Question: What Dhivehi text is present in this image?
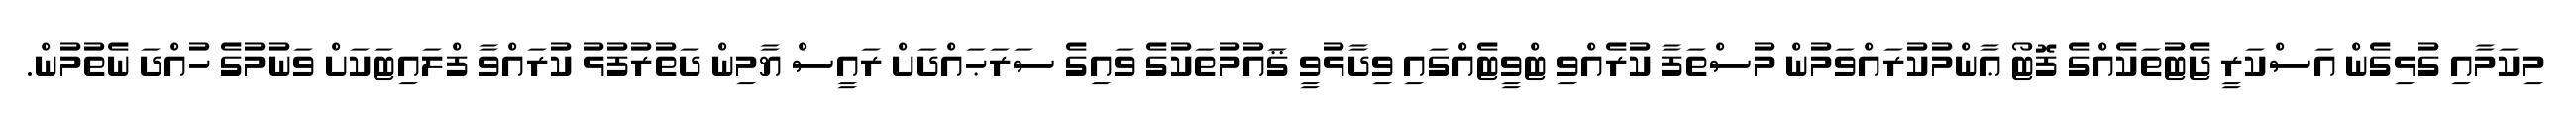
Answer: މިކަމާއި ގުޅިގެން އަސްކަރީ ޖެޓުތަކެއްގެ ފޮޓޯ ޢާންމުކުރައްވަމުން މުސްތަފާ ކުރެއްވި ޓްވީޓެއްގައި ވިދާޅުވީ ޤައުމުތަކުގެ ވައިގެ ސަރަޙައްދަށް ރައީސް ޔާމިން ދަތުރުފުޅު ކުރައްވާ ފްލައިޓަކަށް ވަނުމުގެ ހުއްދަ ނެތުމުން.